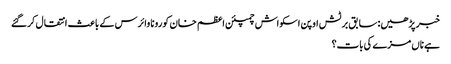
خبر پڑھیں:سابق برٹش اوپن اسکواش چمپئن اعظم خان کورونا وائرس کے باعث انتقال کرگئے
ہے ناں مزے کی بات؟